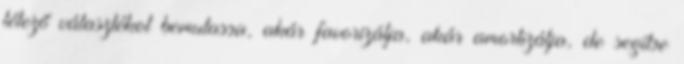
létező választékot bemutassa, akár favorizálja, akár amortizálja, de segítse